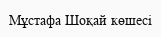
Мұстафа Шоқай көшесі